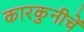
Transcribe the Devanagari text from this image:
कारकुनीचें